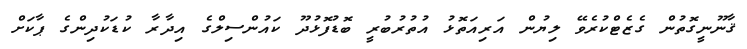
ޤާނޫނީގޮތުން ގެޒެޓްކުރެވޭ ލިޔުން އަރިއަތޮޅު އުތުރުބުރީ ބޮޑުފޮޅުދޫ ކައުންސިލްގެ އިދާރާ ކުޑަކުދިންގެ ޕާކަށް